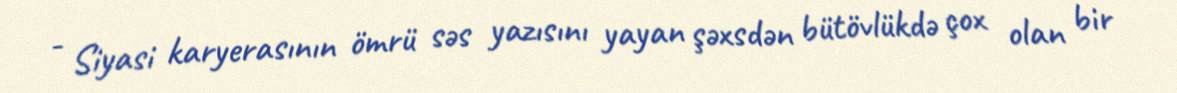
- Siyasi karyerasının ömrü səs yazısını yayan şəxsdən bütövlükdə çox olan bir